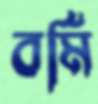
বর্মি